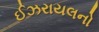
ઈઝરાયલનો